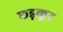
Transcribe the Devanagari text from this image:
छड़कूट